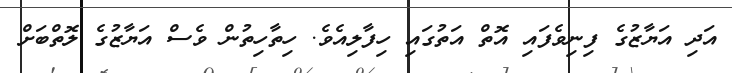
އަދި އަޔާޒުގެ ފިނިވެފައި އޮތް އަތުގައި ހިފާލިއެވެ. ހިތާހިތުން ވެސް އަޔާޒުގެ ލޮތްބަށް